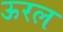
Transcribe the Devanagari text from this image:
ऊरल